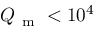
Q _ { \mathrm { ~ m ~ } } < 1 0 ^ { 4 }